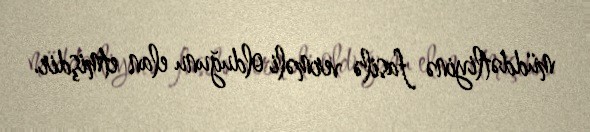
müddətliyinə fasilə verməli olduğunu elan etmişdir.